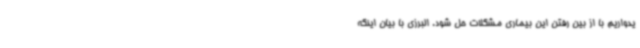
یدواریم با از بین رفتن این بیماری مشکلات حل شود. البرزی با بیان اینکه